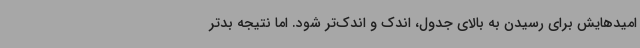
امیدهایش برای رسیدن به بالای جدول، اندک و اندک‌تر شود. اما نتیجه بدتر